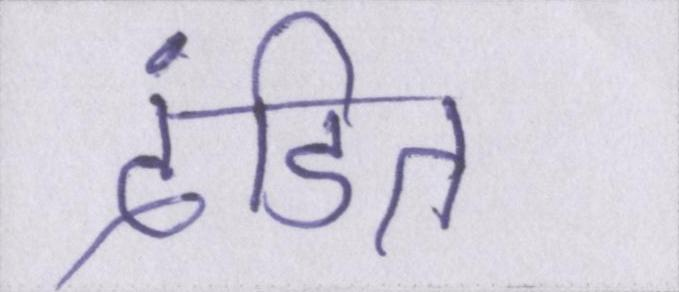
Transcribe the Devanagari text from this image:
दंडित